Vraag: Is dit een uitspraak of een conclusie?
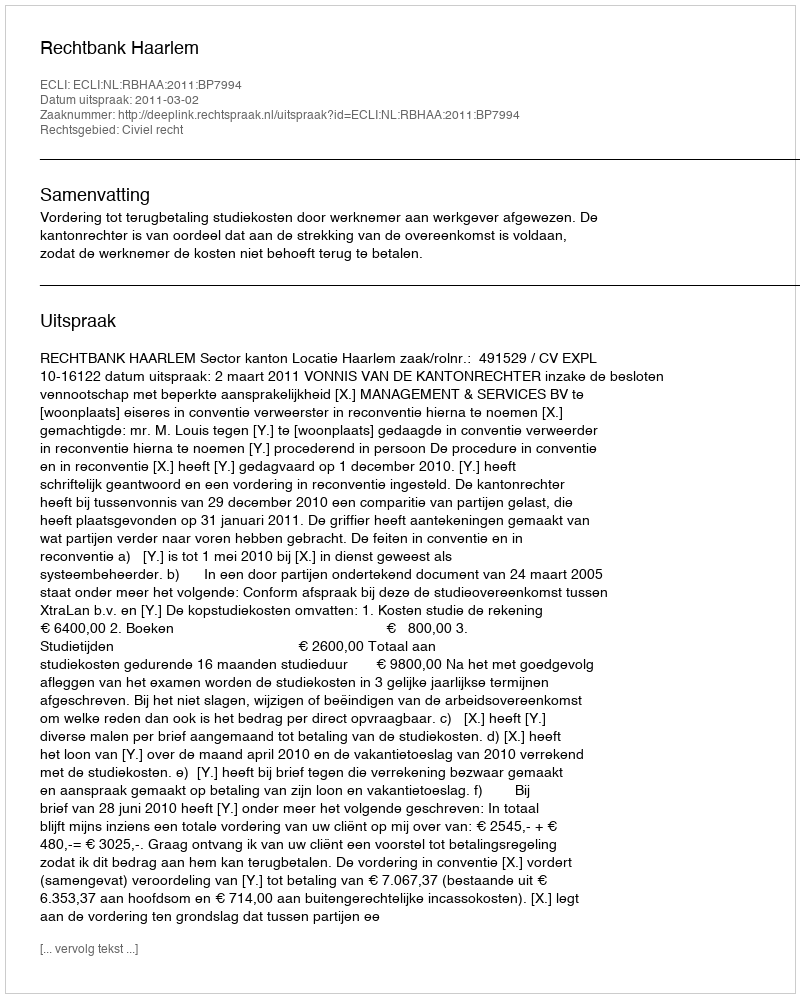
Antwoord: Uitspraak